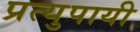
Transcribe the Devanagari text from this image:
प्रत्युपायी